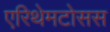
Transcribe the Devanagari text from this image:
एरिथेमटोसस